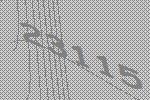
23115